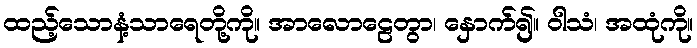
ထည့်သောနံ့သာရေတို့ကို။ အာလောဠေတွာ၊ နှောက်၍။ ဝါသံ၊ အထုံကို။